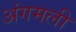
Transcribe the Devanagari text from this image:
अंगमली